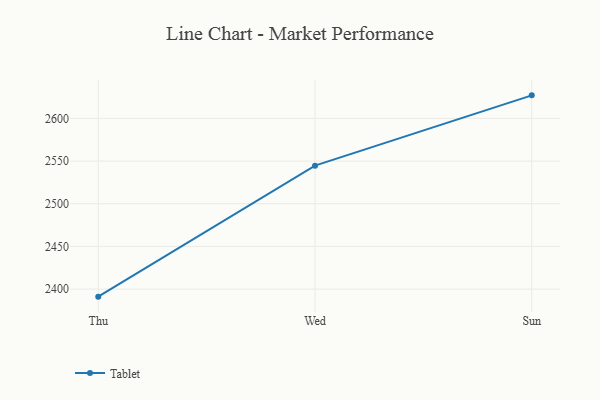
{"axis": {"x": "Day", "y": "Budget (USD K)"}, "legend": ["Tablet"], "data": [{"x": "Thu", "y": 2391.1, "type": "Tablet"}, {"x": "Wed", "y": 2544.6, "type": "Tablet"}, {"x": "Sun", "y": 2627.0, "type": "Tablet"}]}